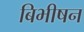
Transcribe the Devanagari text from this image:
बिभीषन